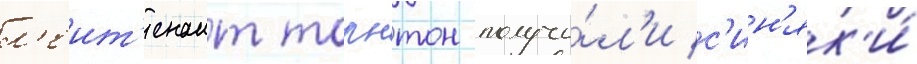
л'еит'енант торнтон получи́л'и с'ин'як'и́